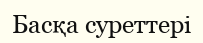
Басқа суреттері